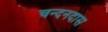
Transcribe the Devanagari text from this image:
चन्दनदास